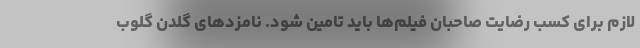
لازم برای کسب رضایت صاحبان فیلم‌ها باید تامین شود. نامزدهای گلدن گلوب